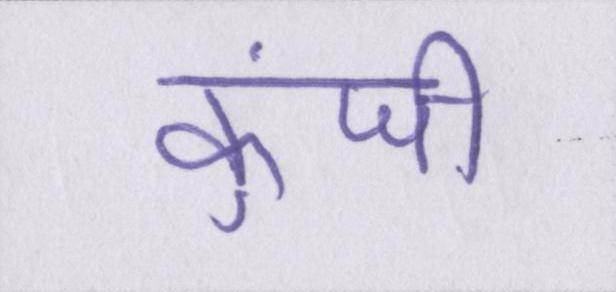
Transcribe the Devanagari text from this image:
कुंजी